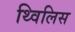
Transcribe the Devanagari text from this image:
थ्‍विलिस